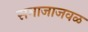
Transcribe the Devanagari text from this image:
समाजाजवळ